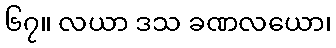
၆၇။ လယာ ဒသ ခဏလယော၊